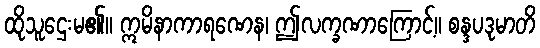
ထိုသူဌေးမ၏။ ဣမိနာကာရဏေန၊ ဤလက္ခဏာကြောင့်။ စန္ဒပဒုမာတိ